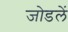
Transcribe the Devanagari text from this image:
जोडलें